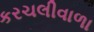
કરચલીવાળા